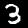
Digit: 3